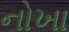
નોખા